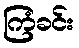
ကြံခင်း